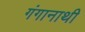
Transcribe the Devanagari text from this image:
गंगानाथी